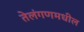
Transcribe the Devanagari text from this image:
तेलंगणमधील